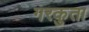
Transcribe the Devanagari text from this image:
गरकुता